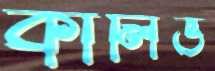
কালিভ